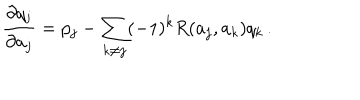
{ \frac { \partial q _ { j } } { \partial a _ { j } } } = p _ { j } - \sum _ { k \neq j } ( - 1 ) ^ { k } R ( a _ { j } , a _ { k } ) q _ { k } \, .